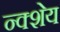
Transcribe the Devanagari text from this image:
न्क्शेय